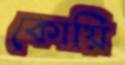
কোয়ি